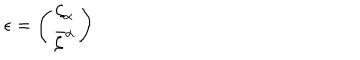
\epsilon = \left( \begin{array} { c } { { { \zeta } _ { \alpha } } } \\ { { { \bar { \zeta } } ^ { \dot { \alpha } } } } \\ \end{array} \right)